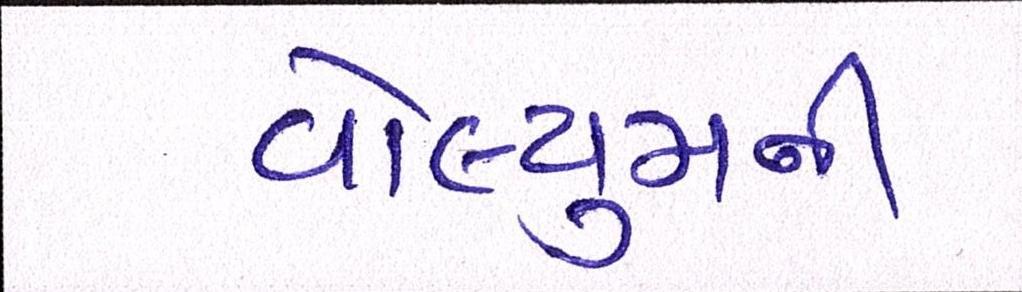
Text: વોલ્યુમની